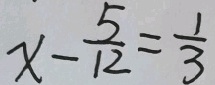
x - \frac { 5 } { 1 2 } = \frac { 1 } { 3 }